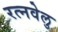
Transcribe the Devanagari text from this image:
रत्नवेलु